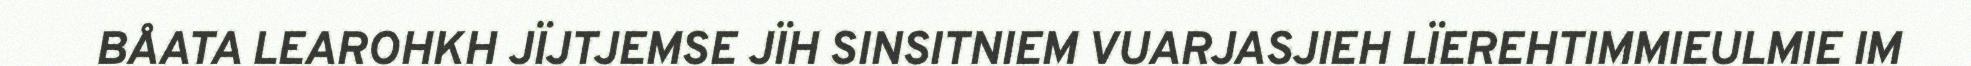
BÅATA LEAROHKH JÏJTJEMSE JÏH SINSITNIEM VUARJASJIEH LÏEREHTIMMIEULMIE IM